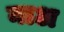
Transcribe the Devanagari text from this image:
नाअ